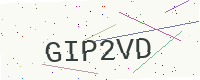
Text: GIP2VD